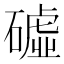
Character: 𥕰